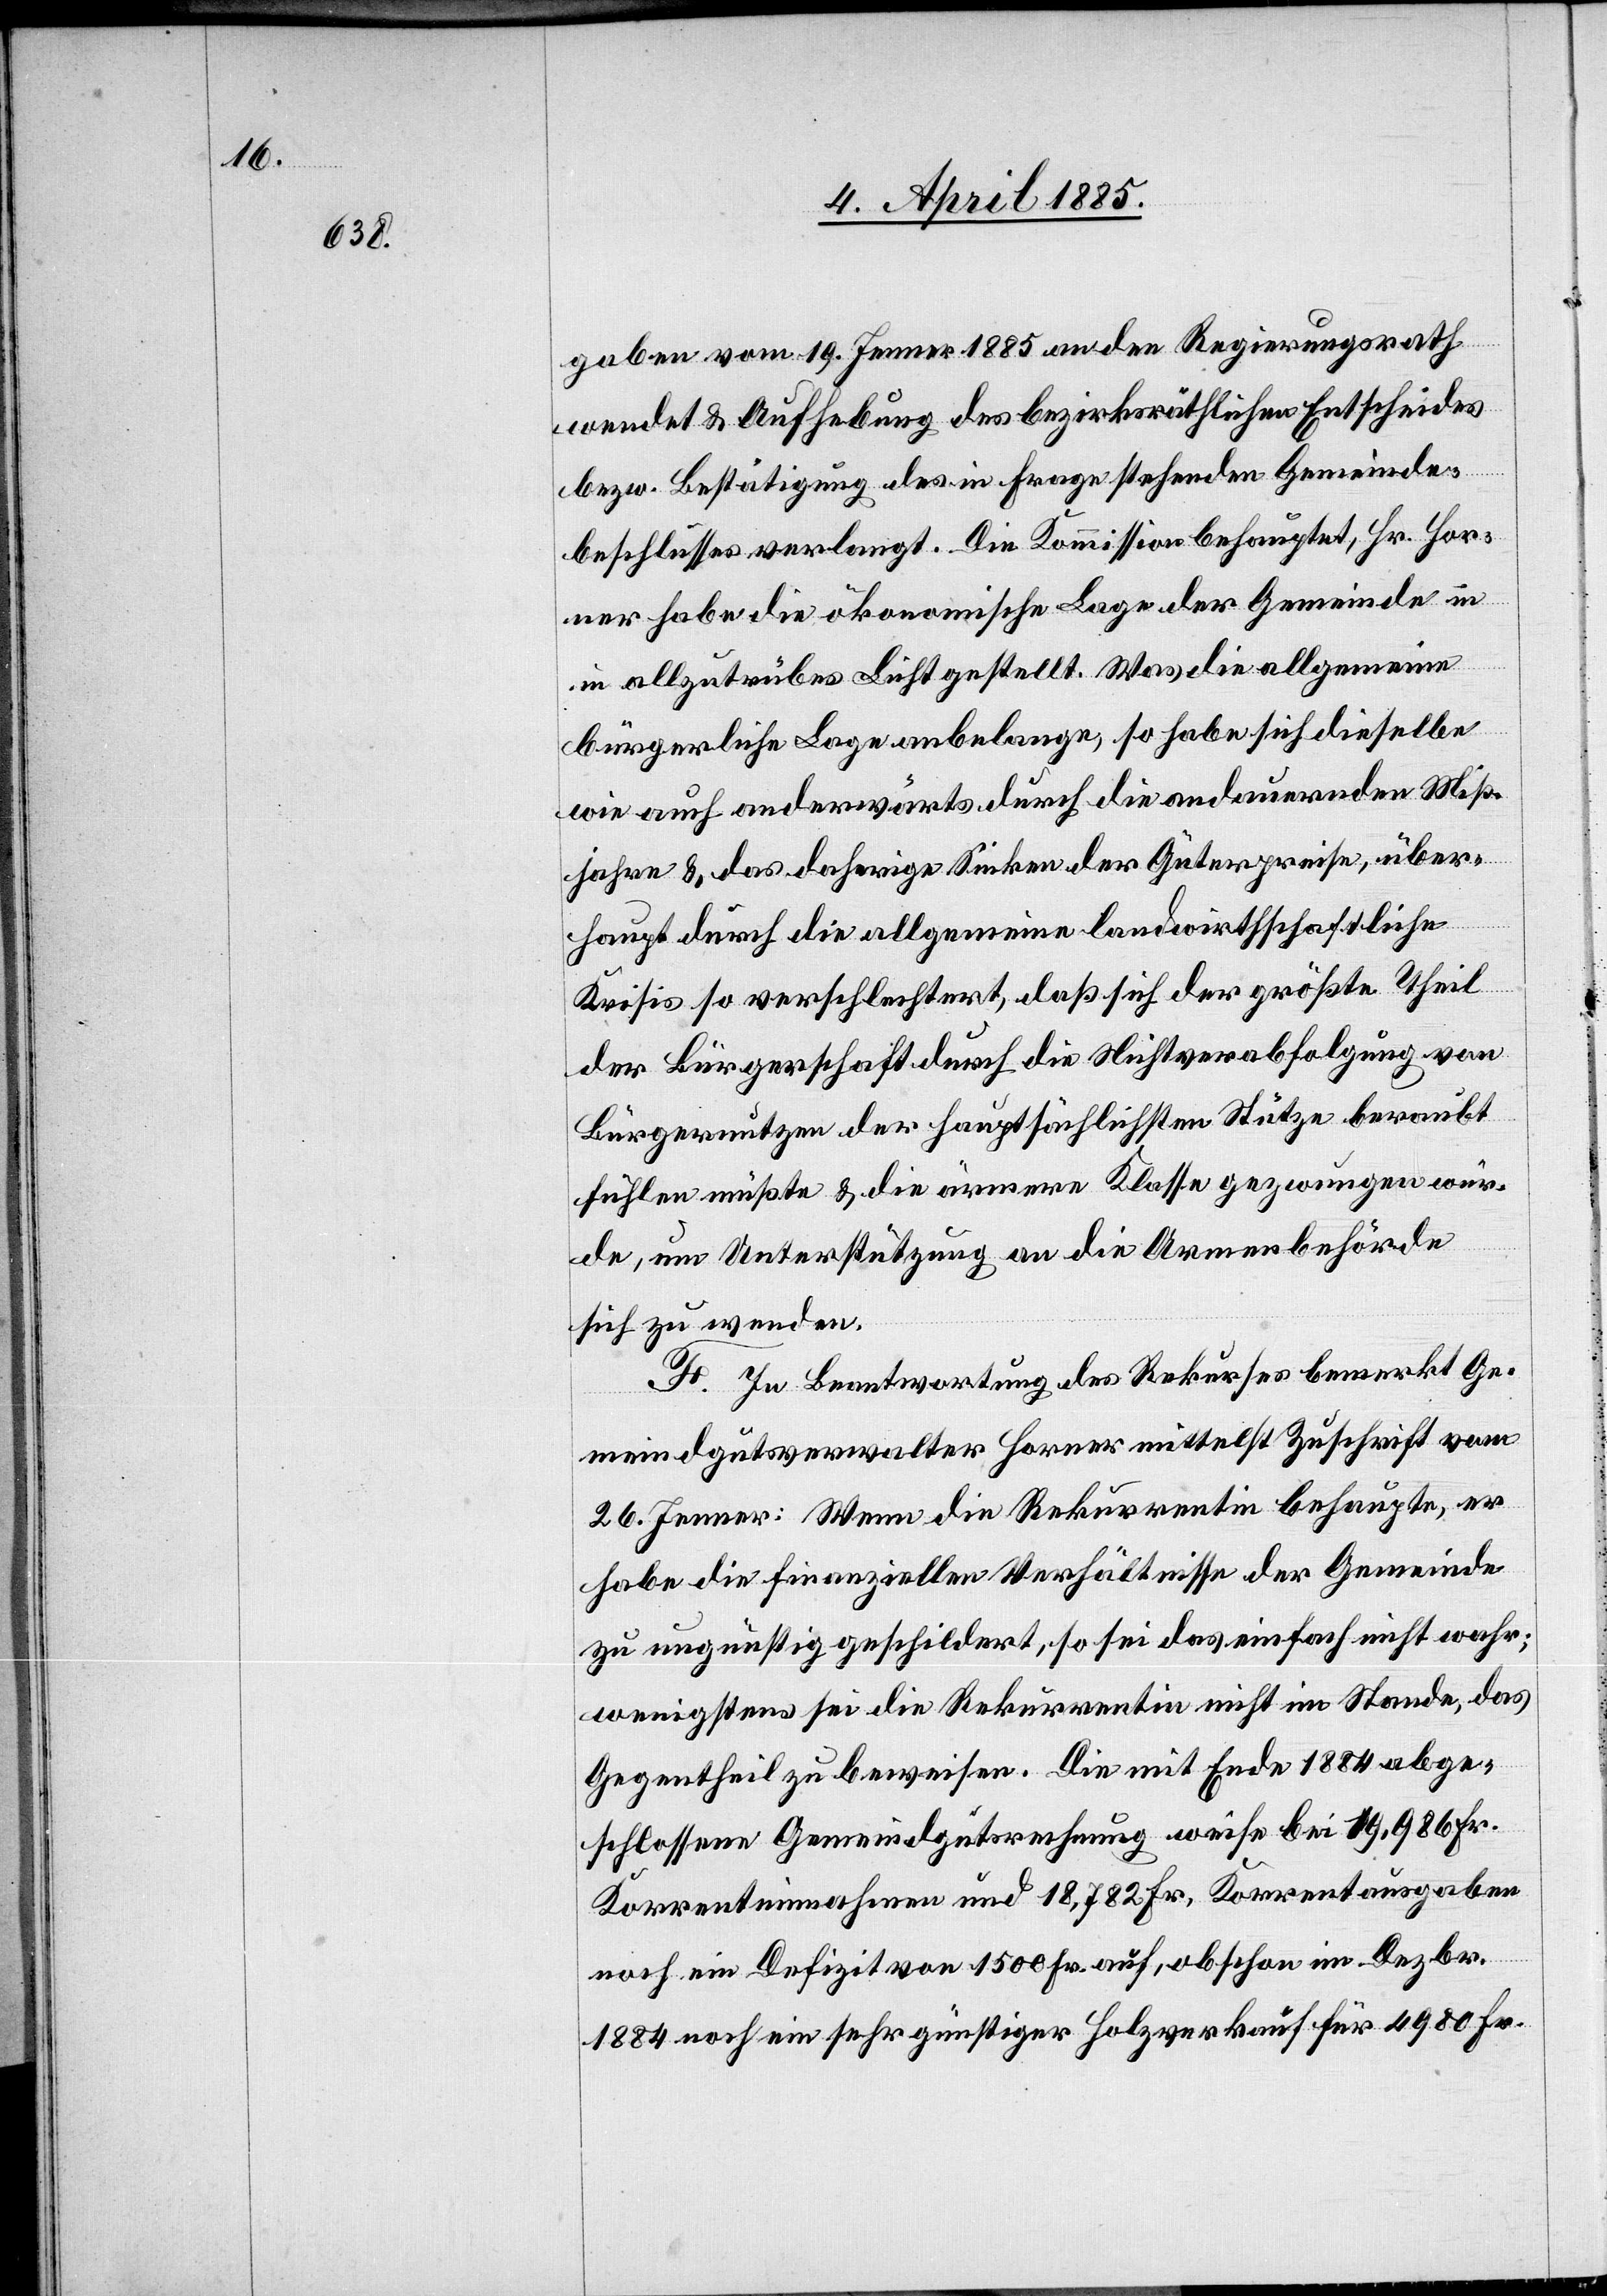
gaben vom 19. Jenner 1885 an den Regierungsrat
wendet & Aufhebung des bezirksräthlichen Entscheides
bezw. Bestätigung des in Frage stehenden Gemeinde¬
beschlusses verlangt. Die Kommission behauptet, Hr. Hor¬
ner habe die ökonomische Lage der Gemeinde in
allzu trübes Licht gestellt. Was die allgemeine
bürgerliche Lage anbelange, so habe sich dieselbe
wie auch anderwärts durch die andauernden Miß¬
jahre & das daherige Sinken der Güterpreise, über¬
haupt durch die allgemeine landwirthschaftliche
Krisis so verschlechtert, daß sich der größte Theil
der Bürgschaft durch die Nichtverabfolgung von
Bürgernutzen der hauptsächlichsten Stütze beraubt
fühlen müßte & die ärmere Klasse gezwungen wur¬
de, um Unterstützung an die Armutsbehörde
sich zu wenden.
F. In Beantwortung des Rekurses bemerkt Ge¬
meindgutsverwalter Horner mittelst Zuschrift vom
6. Jenner: Wenn die Rekurrentin behaupte, er
habe die finanziellen Verhältnisse der Gemeinde
zu ungünstig geschildert, so sei das einfach nicht wahr;
wenigstens sei die Rekurrentin nicht im Stande, das
Gegentheil zu beweisen. Die mit Ende 1884 abge¬
schlossene Gemeindgutsrechnung weise bei 19,986 Fr.
Korrenteinnahmen und 18,782 Fr. Korrentausgaben
noch ein Defizit von 1500 Fr. auf, obschon im Dezbr.
1884 noch ein sehr günstiger Holzverkauf für 4980 Fr.